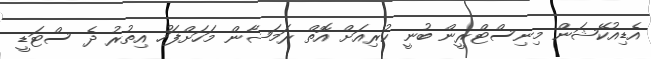
އެޑިއުކޭޝަން މިނިސްޓްރީން ބުނީ ކުރިއަށް އޮތް ރަމަޟާން މަހަށްފަހު އިތުރު ދެ ސްޓަޑީ